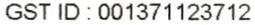
GST ID : 001371123712